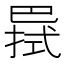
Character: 𢁊